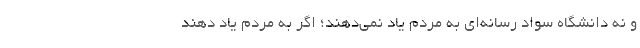
و نه دانشگاه سواد رسانه‌ای به مردم یاد نمی‌دهند؛ اگر به مردم یاد دهند